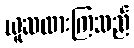
ယူဆထားကြသည်